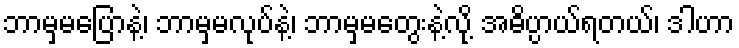
ဘာမှမပြောနဲ့၊ ဘာမှမလုပ်နဲ့၊ ဘာမှမတွေးနဲ့လို့ အဓိပ္ပာယ်ရတယ်၊ ဒါဟာ